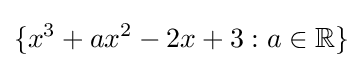
\{x^{3}+ax^{2}-2x+3:a\in \mathbb {R} \}